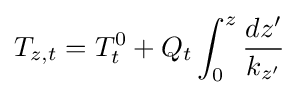
T_{z,t}=T_{t}^{0}+Q_{t}\int _{0}^{z}{\frac {dz'}{k_{z'}}}